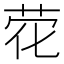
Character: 𰰽